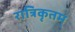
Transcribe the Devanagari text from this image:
रात्रिकृतम्‌